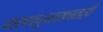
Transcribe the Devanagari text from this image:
पाठ्यपुस्तकातही